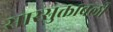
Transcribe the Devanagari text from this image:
सारसुक्तावली